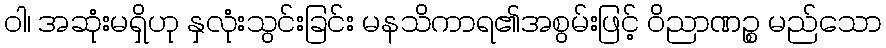
ဝါ၊ အဆုံးမရှိဟု နှလုံးသွင်းခြင်း မနသိကာရ၏အစွမ်းဖြင့် ဝိညာဏဉ္စ မည်သော